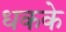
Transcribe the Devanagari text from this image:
धकके